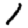
Digit: 1